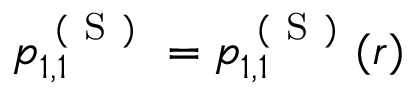
p _ { 1 , 1 } ^ { \mathrm { ~ ( ~ S ~ ) ~ } } = p _ { 1 , 1 } ^ { \mathrm { ~ ( ~ S ~ ) ~ } } ( r )